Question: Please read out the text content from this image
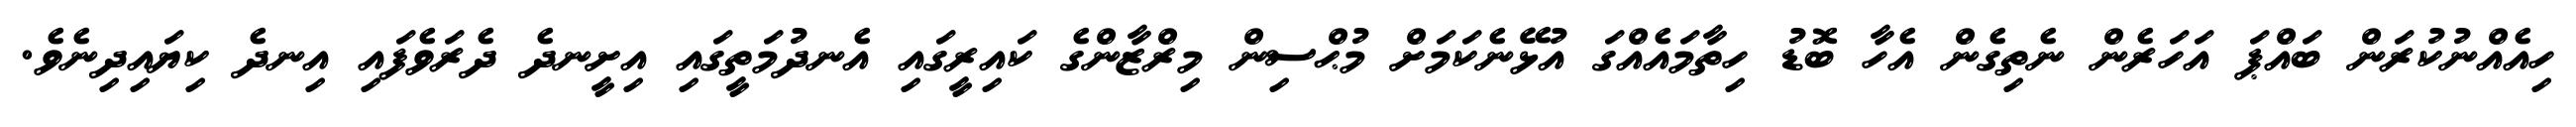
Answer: ހިއެއްނުކުރަން ބައްޕަ އަހަރެން ނެތިގެން އެހާ ބޮޑު ހިތާމައެއްގަ އުޅޭނެކަމަށް މުޙްސިން މިރްޒާންގެ ކައިރީގައި އެނދުމަތީގައި އިށީނދެ ދެރަވެފައި އިނދެ ކިޔައިދިނެވެ.